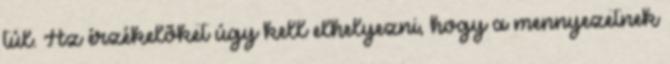
túl. Az érzékelõket úgy kell elhelyezni, hogy a mennyezetnek